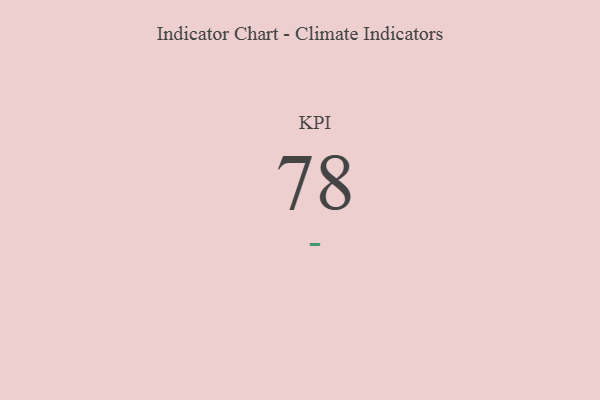
{"axis": {"x": "KPI", "y": "Value"}, "legend": [""], "data": [{"x": "KPI", "y": 78, "type": ""}]}